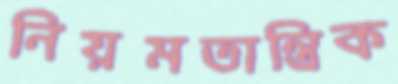
নিয়মতান্ত্রিক